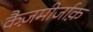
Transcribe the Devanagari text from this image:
कैज़मीर्जाक़